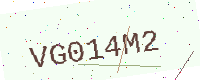
Text: VG014M2